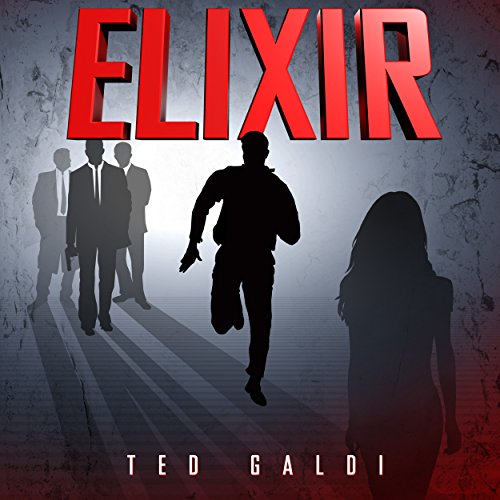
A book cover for Elixir; Ted Galdi; Mystery, Thriller & Suspense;